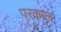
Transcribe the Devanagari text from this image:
परकाल